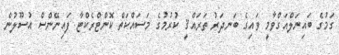
ގަމުގެ ބައިނަލްއަގްވާމީ ވައިގެ ބަނދަރު ތަރައްޤީ ކުރުމުގެ މަސައްކަތް ކޮންޓްރެކްޓާ ފައިނޭންސް އުސޫލުން